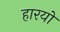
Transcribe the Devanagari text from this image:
हारयो